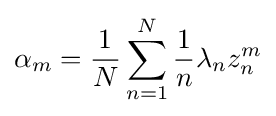
\alpha _{m}={\frac {1}{N}}\sum _{n=1}^{N}{\frac {1}{n}}\lambda _{n}z_{n}^{m}